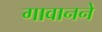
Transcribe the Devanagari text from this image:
गावानने